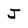
Character: J